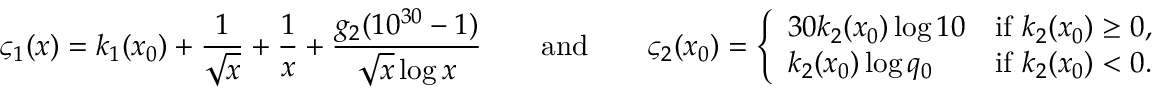
\varsigma _ { 1 } ( x ) = k _ { 1 } ( x _ { 0 } ) + \frac { 1 } { \sqrt { x } } + \frac { 1 } { x } + \frac { g _ { 2 } ( 1 0 ^ { 3 0 } - 1 ) } { \sqrt { x } \log { x } } \qquad \mathrm { a n d } \qquad \varsigma _ { 2 } ( x _ { 0 } ) = \left\{ \begin{array} { l l } { 3 0 k _ { 2 } ( x _ { 0 } ) \log { 1 0 } } & { \mathrm { i f ~ } k _ { 2 } ( x _ { 0 } ) \geq 0 , } \\ { k _ { 2 } ( x _ { 0 } ) \log { q _ { 0 } } } & { \mathrm { i f ~ } k _ { 2 } ( x _ { 0 } ) < 0 . } \end{array} \right.